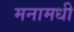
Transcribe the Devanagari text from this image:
मनामधी